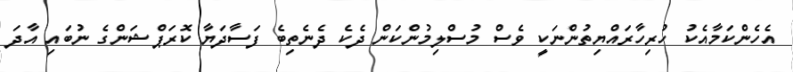
އެހެންކަމާއެކު ހުރިހާރައްޔިތުންނަކީ ވެސް މުސްލިމުންކަން ދެކެ ދެނެތިބެ ފަސާދަޔާ ކޮރަޕްޝަންގެ ނުބައި އާދަ